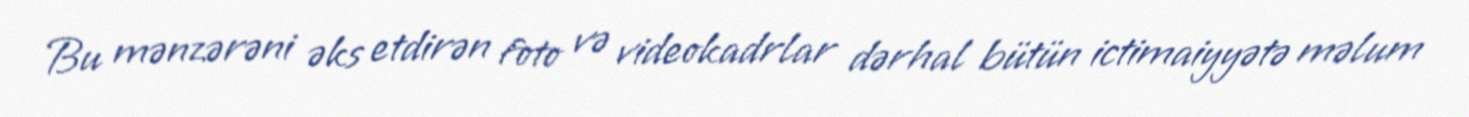
Bu mənzərəni əks etdirən foto və videokadrlar dərhal bütün ictimaiyyətə məlum